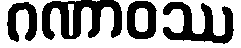
ဂဏာဝဿ